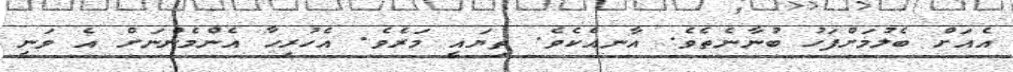
އެއަށް ބެލުމަށްފަހު ބުނާނެތެވެ. އާނއެކެވެ. ތިޔައީ މަރެވެ. އެހުރިހާ އެންމެންނަށް އެ ވަނީ